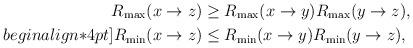
LaTeX: \begin{align*}R_{\max}(x\to z) &\geq R_{\max}(x\to y) R_{\max}(y\to z) ,\\begin{align*}4pt]R_{\min}(x\to z) &\leq R_{\min}(x\to y) R_{\min}(y\to z),\end{align*}